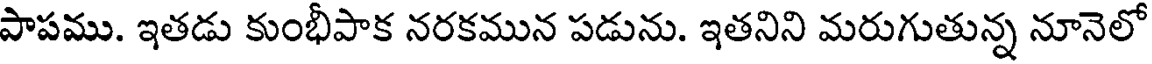
పాపము. ఇతడు కుంభీపాక నరకమున పడును. ఇతనిని మరుగుతున్న నూనెలో